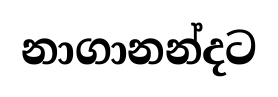
නාගානන්දට